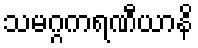
သမဂ္ဂကရဏီယာနိ